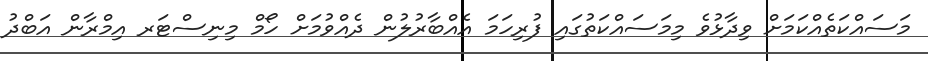
މަސައްކަތެއްކަމަށް ވިދާޅުވެ މިމަސައްކަތުގައި ފުރިހަމަ އެއްބާރުލުން ދެއްވުމަށް ހޯމް މިނިސްޓަރ އިމްރާން އަބްދު